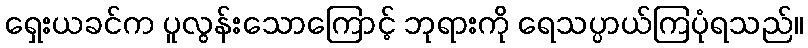
ရှေးယခင်က ပူလွန်းသောကြောင့် ဘုရားကို ရေသပ္ပာယ်ကြပုံရသည်။